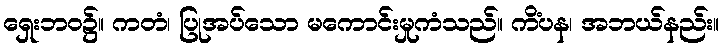
ရှေးဘဝ၌။ ကတံ၊ ပြုအပ်သော မကောင်းမှုကံသည်။ ကိံပန၊ အဘယ်နည်း။